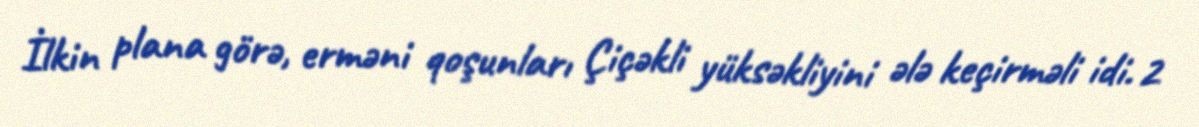
İlkin plana görə, erməni qoşunları Çiçəkli yüksəkliyini ələ keçirməli idi. 2